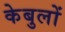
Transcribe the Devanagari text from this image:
केबुलों